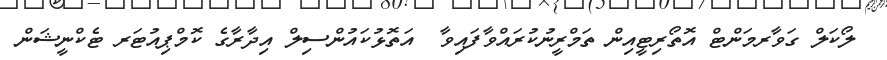
ލޯކަލް ގަވާރމަންޓް އޮތޯރިޓީއިން ތަމްރީނުކުރައްވާފައިވާ  އަތޮޅުކައުންސިލް އިދާރާގެ ކޮމްޕިއުޓަރ ޓެކްނީޝަން